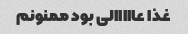
غذا عااااالی بود ممنونم